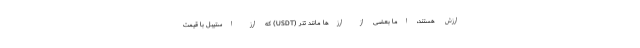
ارزش هستند، اما بعضی از ارزها مانند تتر (USDT) که ارز استیبل با قیمت